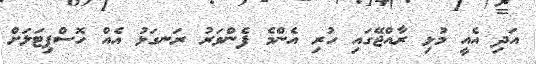
އަދި އެއީ މުޅި ރާއްޖޭގައި ހުރި އެންމެ ފެންވަރު ރަނގަޅު އެއް ހޮސްޕިޓަލަށް